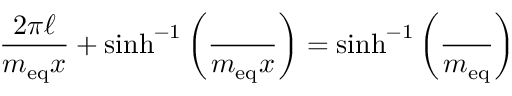
\frac { 2 \pi \ell } { m _ { \mathrm { e q } } x } + \sinh ^ { - 1 } \left( \frac \L { m _ { \mathrm { e q } } x } \right) = \sinh ^ { - 1 } \left( \frac \L { m _ { \mathrm { e q } } } \right)